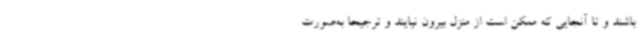
باشند و تا آنجایی که ممکن است از منزل بیرون نیایند و ترجیحا به‌صورت